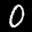
Label: 0